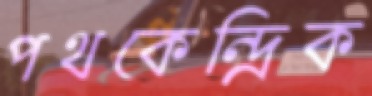
পথকেন্দ্রিক